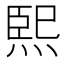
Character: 𤋮